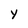
Character: Y